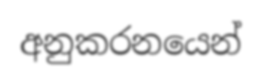
අනුකරනයෙන්